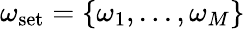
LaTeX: \omega_{\textrm{set}}=\{ \omega_{1},...,\omega_{M}\}